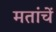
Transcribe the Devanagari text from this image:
मतांचें